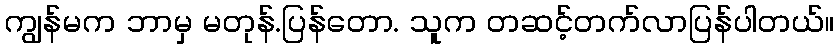
ကျွန်မက ဘာမှ မတုန်.ပြန်တော. သူက တဆင့်တက်လာပြန်ပါတယ်။